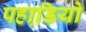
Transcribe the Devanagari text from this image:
पहाडि़यो